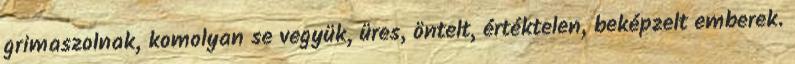
grimaszolnak, komolyan se vegyük, üres, öntelt, értéktelen, beképzelt emberek.